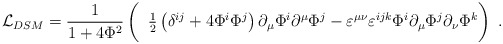
\begin{align*}\!\!\!\!{\cal L}_{DSM}=\frac 1{1+4{\Phi }^2} \left(\phantom{\frac II}\! {\textstyle \frac 12} \left(\delta ^{ij}+4\Phi ^i\Phi ^j\right) \partial _\mu \Phi ^i\partial ^\mu\Phi ^j-\varepsilon ^{\mu \nu }\varepsilon ^{ijk}\Phi ^i\partial _\mu \Phi ^j\partial _\nu \Phi^k \right)~ .\end{align*}